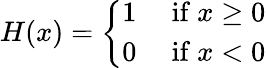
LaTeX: H(x)={\left\{ \begin{array}{ll}{1}&{{\mathrm{~if~}}x\geq 0}\\ {0}&{{\mathrm{~if~}}x<0}\end{array}\right.}